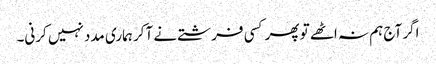
اگر آج ہم نہ اٹھے تو پھر کسی فرشتے نے آکر ہماری مدد نہیں کرنی۔